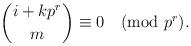
LaTeX: \begin{align*}\binom{i + kp^r}{m} \equiv 0 \pmod{p^r}.\end{align*}